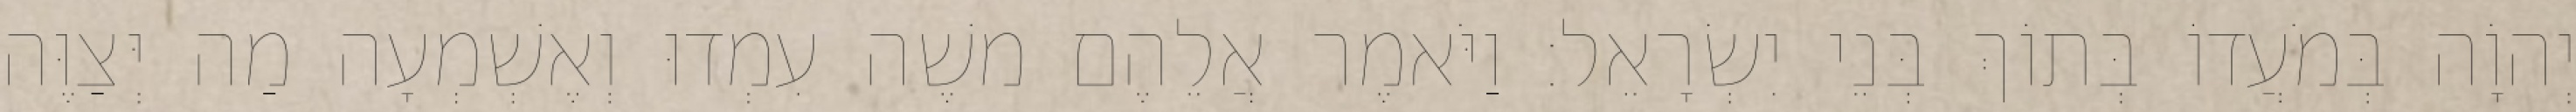
יְהוָֹה בְּמֹעֲדוֹ בְּתוֹךְ בְּנֵי יִשְׂרָאֵל׃ וַיֹּאמֶר אֲלֵהֶם משֶׁה עִמְדוּ וְאֶשְׁמְעָה מַה יְּצַוֶּה